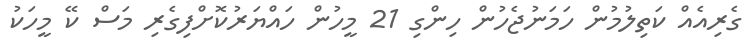
ގެރިއެއް ކަތިލުމުން ހަމަނުޖެހުން ހިންގި 21 މީހުން ހައްޔަރުކޮށްފިގެރި މަސް ކޭ މީހަކު